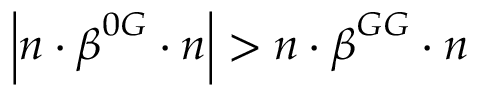
\left| \boldsymbol { n } \cdot \boldsymbol { \beta } ^ { 0 G } \cdot \boldsymbol { n } \right| > \boldsymbol { n } \cdot \boldsymbol { \beta } ^ { G G } \cdot \boldsymbol { n }